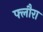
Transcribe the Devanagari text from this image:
फ्लौरा